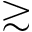
\gtrsim